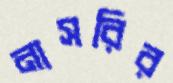
নাসরির